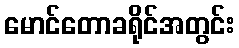
မောင်တောခရိုင်အတွင်း